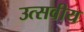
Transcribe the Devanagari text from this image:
उत्सवीय